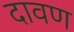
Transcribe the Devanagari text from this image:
दावण